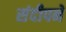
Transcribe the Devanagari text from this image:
संदीपने